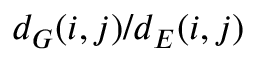
d _ { G } ( i , j ) / d _ { E } ( i , j )